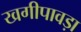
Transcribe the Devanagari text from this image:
खगीपावड़ा